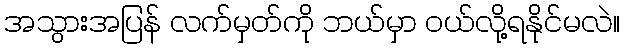
အသွားအပြန် လက်မှတ်ကို ဘယ်မှာ ဝယ်လို့ရနိုင်မလဲ။